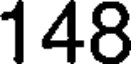
148